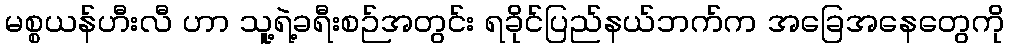
မစ္စယန်ဟီးလီ ဟာ သူ့ရဲ့ခရီးစဉ်အတွင်း ရခိုင်ပြည်နယ်ဘက်က အခြေအနေတွေကို